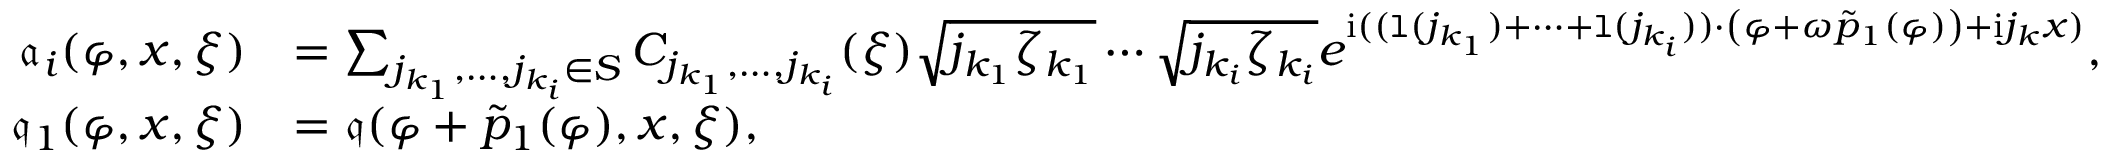
\begin{array} { r l } { \mathfrak { a } _ { i } ( \varphi , x , \xi ) } & { = \sum _ { j _ { k _ { 1 } } , \ldots , j _ { k _ { i } } \in S } C _ { j _ { k _ { 1 } } , \ldots , j _ { k _ { i } } } ( \xi ) \sqrt { j _ { k _ { 1 } } \zeta _ { k _ { 1 } } } \cdots \sqrt { j _ { k _ { i } } \zeta _ { k _ { i } } } e ^ { \mathrm { i } ( ( \mathtt { l } ( j _ { k _ { 1 } } ) + \cdots + \mathtt { l } ( j _ { k _ { i } } ) ) \cdot \left( \varphi + \omega \tilde { p } _ { 1 } ( \varphi ) \right) + \mathrm { i } j _ { k } x ) } , } \\ { \mathfrak { q } _ { 1 } ( \varphi , x , \xi ) } & { = \mathfrak { q } ( \varphi + \tilde { p } _ { 1 } ( \varphi ) , x , \xi ) , } \end{array}